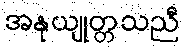
အနုယျုတ္တသညီ